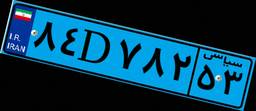
۸۴D۷۸۲۵۳